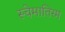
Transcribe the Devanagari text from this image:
स्चेमातिस्म